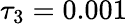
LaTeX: \tau_{3}=0.001